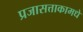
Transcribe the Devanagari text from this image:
प्रजासत्ताकामधे